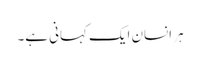
ہر انسان ایک کہانی ہے۔